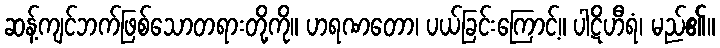
ဆန့်ကျင်ဘက်ဖြစ်သောတရားတို့ကို။ ဟရဏတော၊ ပယ်ခြင်းကြောင့်။ ပါဋိဟီရံ၊ မည်၏။